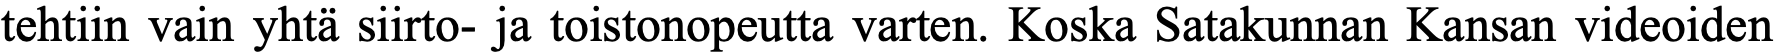
tehtiin vain yhtä siirto- ja toistonopeutta varten. Koska Satakunnan Kansan videoiden